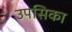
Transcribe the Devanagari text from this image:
उपसिका